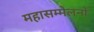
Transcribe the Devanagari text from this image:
महासम्मेलनों